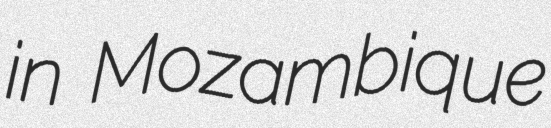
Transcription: in Mozambique